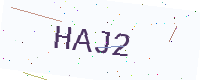
Text: HAJ2